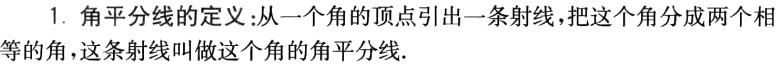
1. 角平分线的定义：从一个角的顶点引出一条射线，把这个角分成两个相等的角，这条射线叫做这个角的角平分线.